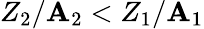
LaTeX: Z_{2}/\mathbf{A}_{2}<Z_{1}/\mathbf{A}_{1}